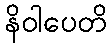
နိဝါပေတိ